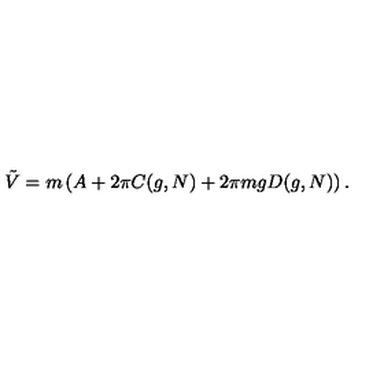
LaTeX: { \tilde { V } } = m \left( A + 2 \pi C ( g , N ) + 2 \pi m g D ( g , N ) \right) .